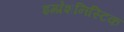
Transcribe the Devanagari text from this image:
इम्प्रेशनिस्टिक